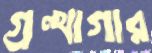
গ্রন্থাগার